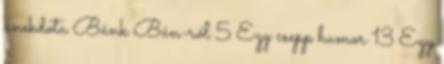
anekdota Bánk Bán-ról 5 Egy csepp humor 13 Egy